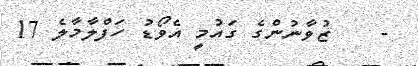
-    ޒުވާނުންގެ ގައުމީ އެވޯޑު ހަފްލާމާލެ 17